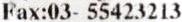
FAX:03- 55423213